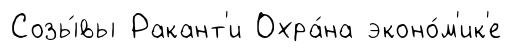
Созы́вы Ракант'и Охра́на эконо́м'ик'е